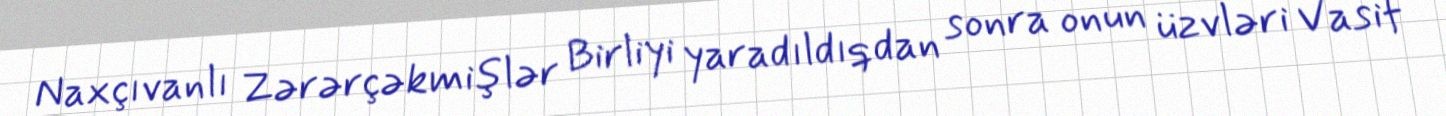
Naxçıvanlı Zərərçəkmişlər Birliyi yaradıldıqdan sonra onun üzvləri Vasif